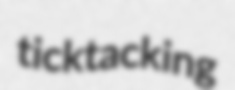
ticktacking